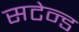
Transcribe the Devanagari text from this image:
सटेन्ड